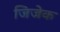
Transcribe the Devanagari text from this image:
जिजेक